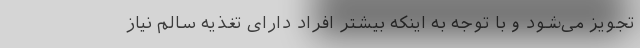
تجویز می‌­شود و با توجه به اینکه بیشتر افراد دارای تغذیه سالم نیاز